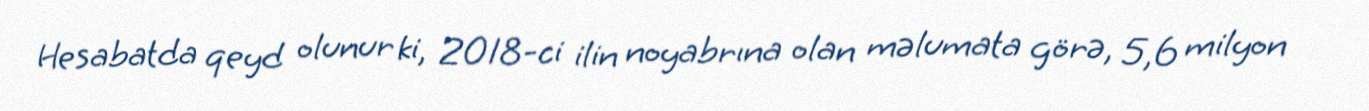
Hesabatda qeyd olunur ki, 2018-ci ilin noyabrına olan məlumata görə, 5,6 milyon